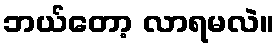
ဘယ်တော့ လာရမလဲ။